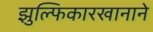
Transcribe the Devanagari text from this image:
झुल्फिकारखानाने